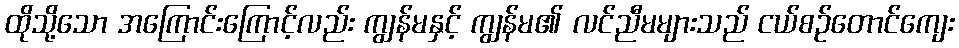
ထိုသို့သော အကြောင်းကြောင့်လည်း ကျွန်မနှင့် ကျွန်မ၏ လင်ညီမများသည် ငယ်စဉ်တောင်ကျေး